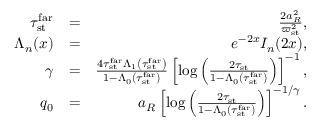
\begin{array} { r l r } { \tau _ { \mathrm { s t } } ^ { \mathrm { f a r } } } & { = } & { \frac { 2 a _ { R } ^ { 2 } } { \varpi _ { \mathrm { s t } } ^ { 2 } } , } \\ { \Lambda _ { n } ( x ) } & { = } & { e ^ { - 2 x } I _ { n } ( 2 x ) , } \\ { \gamma } & { = } & { \frac { 4 \tau _ { \mathrm { s t } } ^ { \mathrm { f a r } } \Lambda _ { 1 } \left( \tau _ { \mathrm { s t } } ^ { \mathrm { f a r } } \right) } { 1 - \Lambda _ { 0 } \left( \tau _ { \mathrm { s t } } ^ { \mathrm { f a r } } \right) } \left[ \log \left( \frac { 2 \tau _ { \mathrm { s t } } } { 1 - \Lambda _ { 0 } \left( \tau _ { \mathrm { s t } } ^ { \mathrm { f a r } } \right) } \right) \right] ^ { - 1 } , } \\ { q _ { 0 } } & { = } & { a _ { R } \left[ \log \left( \frac { 2 \tau _ { \mathrm { s t } } } { 1 - \Lambda _ { 0 } \left( \tau _ { \mathrm { s t } } ^ { \mathrm { f a r } } \right) } \right) \right] ^ { - 1 / \gamma } . } \end{array}